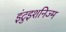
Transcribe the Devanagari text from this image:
इंटुइशनिज्म